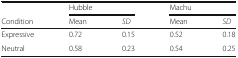
|  | <COLSPAN=2> Hubble | <COLSPAN=2> Machu |
 | Condition | Mean | SD | Mean | SD |
 | --- | --- | --- | --- | --- |
 | Expressive | 0.72 | 0.15 | 0.52 | 0.18 |
 | Neutral | 0.58 | 0.23 | 0.54 | 0.25 |